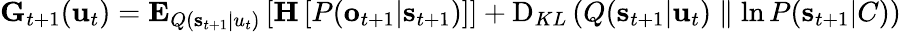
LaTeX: \begin{array}{r}{\mathbf{G}_{t+1}(\mathbf{u}_{t})=\mathbf{E}_{Q(\mathbf{s}_{t+1}|u_{t})}\left[\mathbf{H}\left[P(\mathbf{o}_{t+1}|\mathbf{s}_{t+1})\right]\right]+\operatorname{D}_{KL}\left(Q(\mathbf{s}_{t+1}|\mathbf{u}_{t})\parallel\ln P(\mathbf{s}_{t+1}|C)\right)}\end{array}